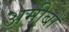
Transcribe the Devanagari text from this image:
अमीबों